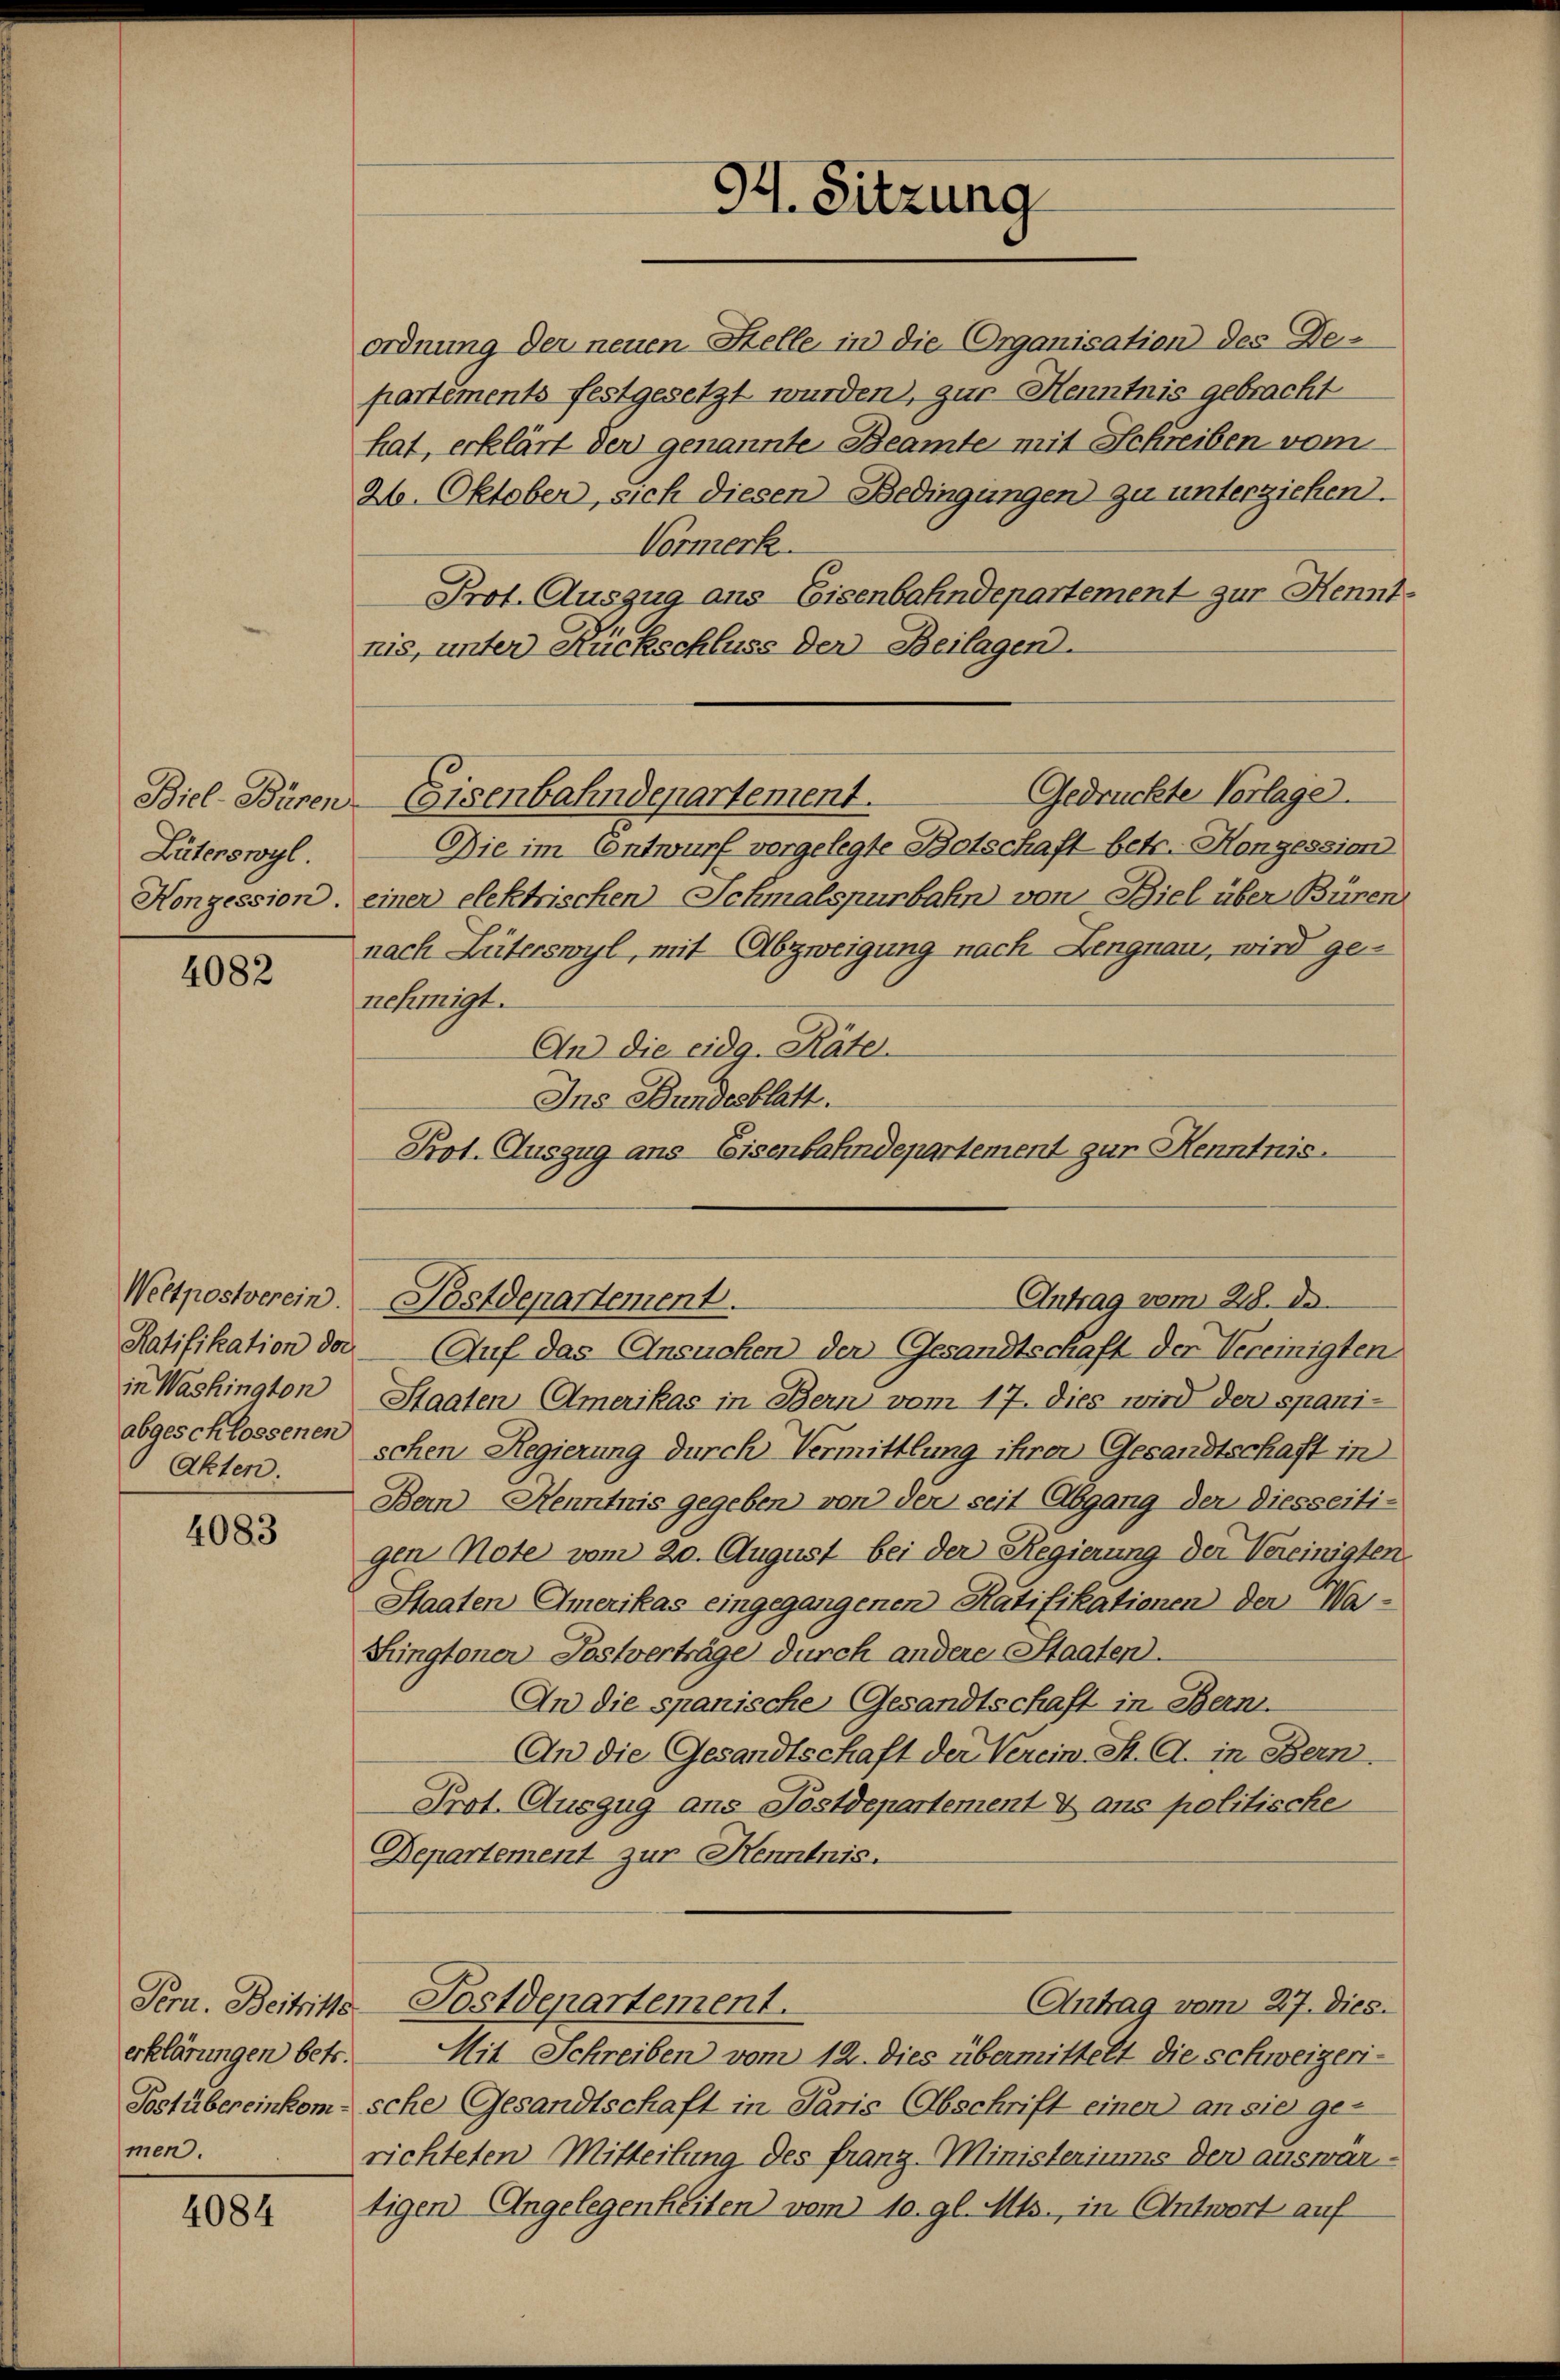
Lüterswyl.
Konzession.

4082

Weltpostverein.
in Washington
Akten.

4083

erklärungen betr.
men.

4084

ordnung der neuen Helle in die Organisation des De-
partements festgesetzt wurden, zur Henntnis gebracht
hat, erklärt der genannte Beamte mit Schreiben vom
26. Oktober, sich diesen Bedingungen zu unterziehen.
Vormerk.
Prot. Auszug aus Eisenbahndepartement zur Kennt-
nis, unter Rückschluss der Beilagen.
Gedrückte Vorlage.
Biel-Büren Eisenbahndepartement.
Die im Entwurf vorgelegte Botschaft betr. Konzession
einer elektrischen Schmalspurbahn von Biel über Büren
nach Lüterswyl, mit Abzweigung nach Lengnau, wird genehmigt.
An die eidg. Räte.
Ins Bundesblatt.
Prot. Auszug ans Eisenbahndepartement zur Kenntnis.
Antrag vom 28. De
Postdepartement.
Ratifikation der Auf das Ansuchen der Gesandtschaft der Vereinigten
Staaten Amerikas in Bern vom 17. dies wird der spani-
abgeschlossenen schen Regierung durch Vermittlung ihrer Gesandtschaft in
Bern Kenntnis gegeben von den seit Abgang der diesseiti-
gen Note vom 20. August bei der Regierung der Vereinigten.
Staaten Amerikas eingegangenen Ratifikationen der Wa¬
Singtoner-Postverträge durch andere Staaten.
An die spanische Gesandtschaft in Bern.
An die Gesandtschaft der Verein. St. G. in Bern.
Prot. Auszug ans Postdepartement & aus politische
Departement zur Kenntnis.
Tern. Beitritte-Postdepartement.
Antrag vom 27. Dies.
Mit Schreiben vom 12. dies übermittelt die Schweizeri¬
Sostübereinkom- sche Gesandtschaft in Paris Abschrift einen an sie ge-
richteten Mitteilung des franz-Ministeriums der auswärtigen Ungelegenheiten) vom 10. gl. Mts., in Antwort auf

.
M. Sitzung